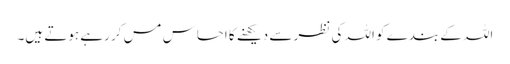
اللہ کے بندے کو اللہ کی نظر سے دیکھنے کا احساس مس کر رہے ہوتے ہیں۔